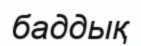
баддық